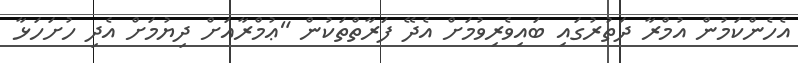
އެހެންކަމުން އުމްރާ ދަތުރުގައި ބައިވެރިވުމަށް އެދޭ ފަރާތްތަކުން "ޢުމްރާއަށް ދިޔުމަށް އެދި ހުށަހަޅާ